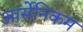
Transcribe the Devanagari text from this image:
आर्सेनिकम